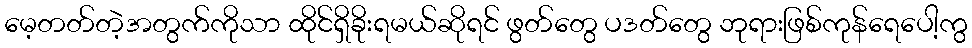
မေ့တတ်တဲ့အတွက်ကိုသာ ထိုင်ရှိခိုးရမယ်ဆိုရင် ဖွတ်တွေ ပဒတ်တွေ ဘုရားဖြစ်ကုန်ရေပေါ့ကွ